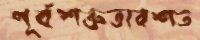
পূর্বশত্রুতাবশত